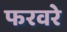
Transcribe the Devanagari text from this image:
फरवरे